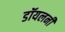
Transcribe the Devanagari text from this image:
डॉयलनी